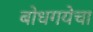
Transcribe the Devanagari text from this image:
बोधगयेचा